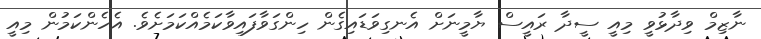
ނާޒިމް ވިދާޅުވީ މިއީ ސީދާ ރައީސް ޔާމީނަށް އެނގިވަޑައިގެން ހިންގަވާފައިވާކަމެއްކަމަށެވެ. އެހެންކަމުން މިއީ